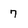
Character: 7